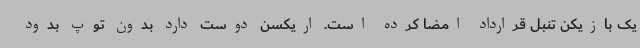
یک بازیکن تنبل قرارداد امضا کرده است. اریکسن دوست دارد بدون توپ بدود